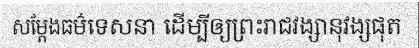
សម្តែងធម៌ទេសនា ដើម្បីឲ្យព្រះរាជវង្សានុវង្សផុត